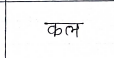
मजकूर: कल